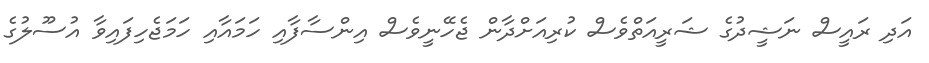
އަދި ރައީސް ނަޝީދުގެ ޝަރީއަތްވެސް ކުރިއަށްދާން ޖެހޭނީވެސް އިންސާފާއި ހަމައާއި ހަމަޖެހިފައިވާ އުސޫލުގެ